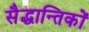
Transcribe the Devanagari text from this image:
सैद्धान्तिकों